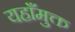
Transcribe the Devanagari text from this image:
यहाँमुक्त